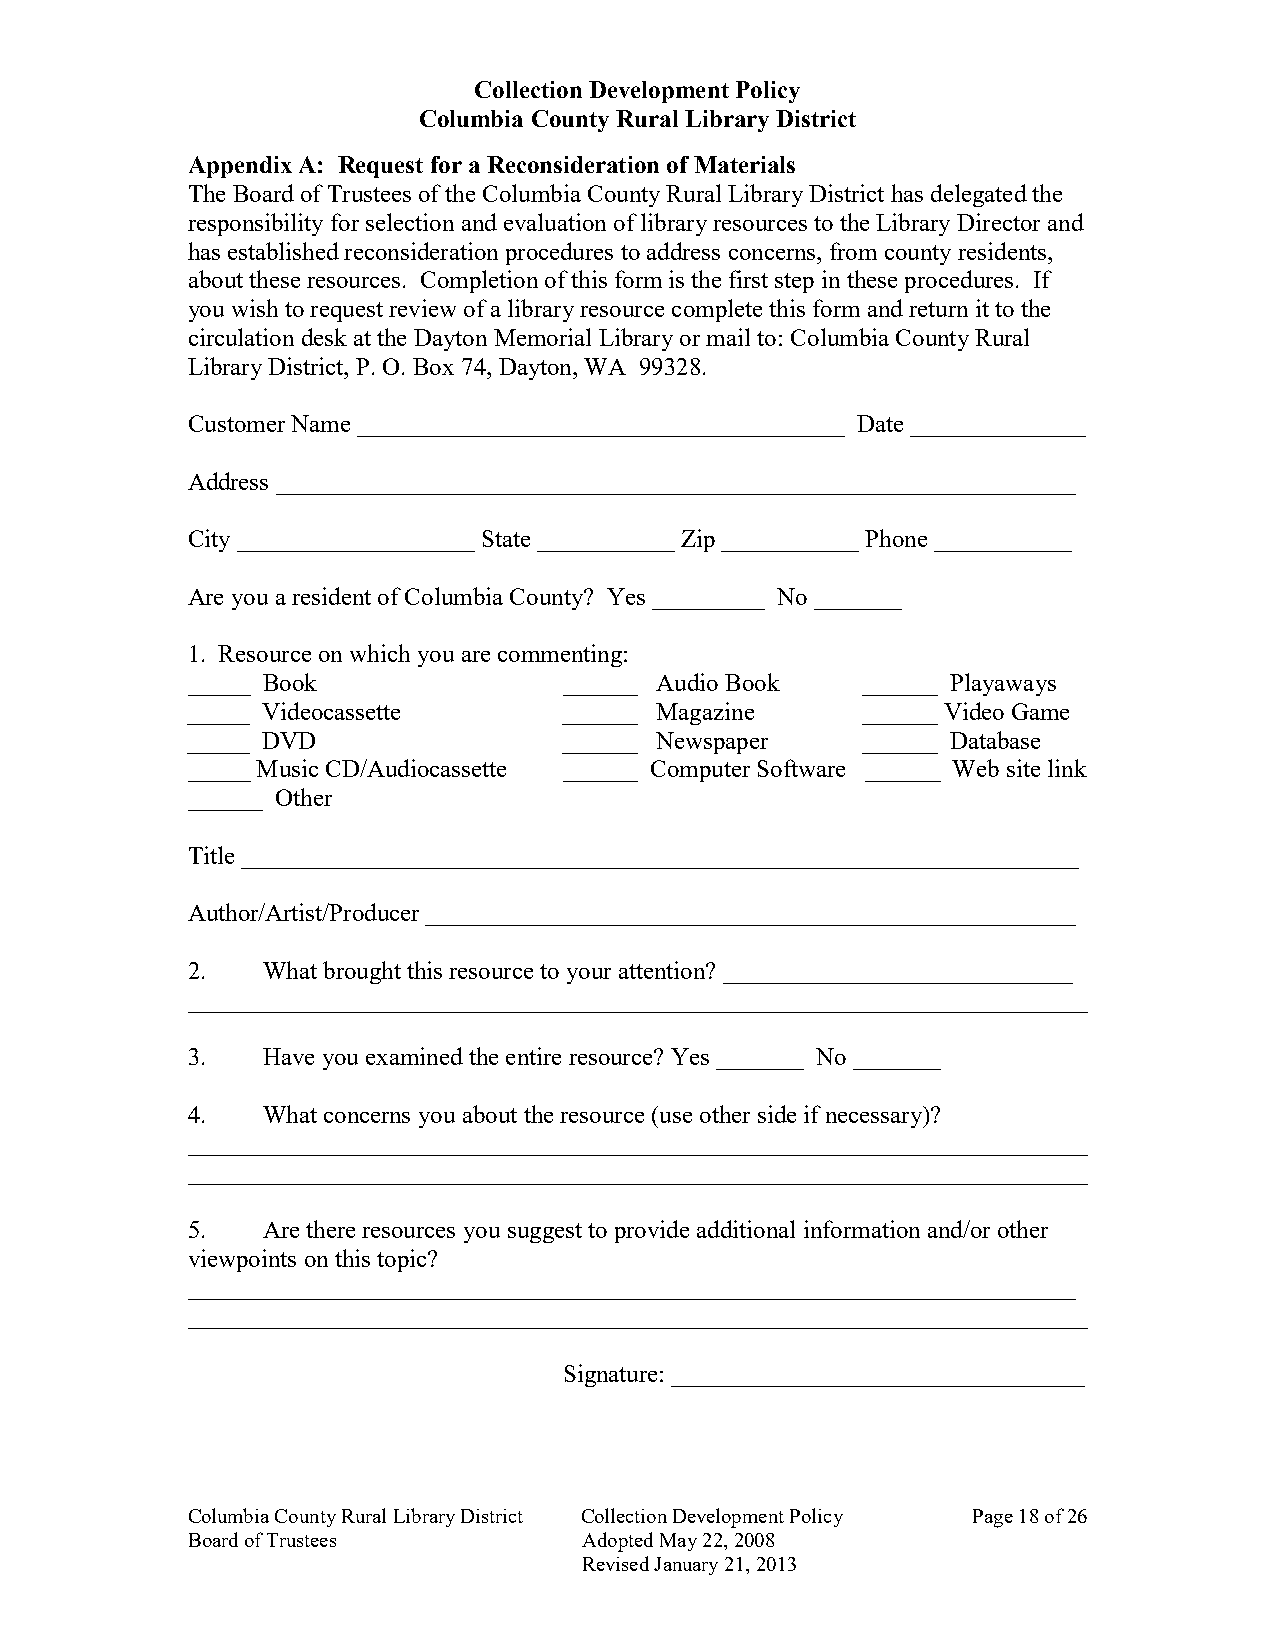
Collection Development Policy
 Columbia County Rural Library District
 Appendix A: Request for a Reconsideration of Materials
 The Board of Trustees of the Columbia County Rural Library District has delegated the
 responsibility for selection and evaluation of library resources to the Library Director and
 has established reconsideration procedures to address concerns, from county residents,
 about these resources. Completion of this form is the first step in these procedures. If
 you wish to request review of a library resource complete this form and return it to the
 circulation desk at the Dayton Memorial Library or mail to: Columbia County Rural
 Library District, P. O. Box 74, Dayton, WA 99328.
 Customer Name _______________________________________ Date ______________
 Address ________________________________________________________________
 City ___________________ State ___________ Zip ___________ Phone ___________
 Are you a resident of Columbia County? Yes _________ No _______
 1. Resource on which you are commenting:
 _____ Book               ______ Audio Book   ______ Playaways
 _____ Videocassette      ______ Magazine     ______ Video Game
 _____ DVD                ______ Newspaper    ______ Database
 _____ Music CD/Audiocassette ______ Computer Software ______ Web site link
 ______ Other
 Title ___________________________________________________________________
 Author/Artist/Producer ____________________________________________________
 2.   What brought this resource to your attention? ____________________________
 ________________________________________________________________________
 3.   Have you examined the entire resource? Yes _______ No _______
 4.   What concerns you about the resource (use other side if necessary)?
 ________________________________________________________________________
 ________________________________________________________________________
 5.   Are there resources you suggest to provide additional information and/or other
 viewpoints on this topic?
 _______________________________________________________________________
 ________________________________________________________________________
 Signature: _________________________________
 Columbia County Rural Library District Collection Development Policy Page 18 of 26
 Board of Trustees          Adopted May 22, 2008
 Revised January 21, 2013